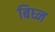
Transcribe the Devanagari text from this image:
बिघ्न